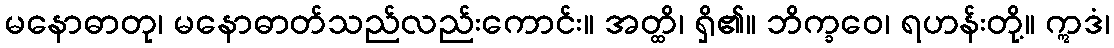
မနောဓာတု၊ မနောဓာတ်သည်လည်းကောင်း။ အတ္ထိ၊ ရှိ၏။ ဘိက္ခဝေ၊ ရဟန်းတို့။ ဣဒံ၊